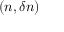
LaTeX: ( n , \delta n )